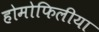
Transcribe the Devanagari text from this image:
होमोफिलीया